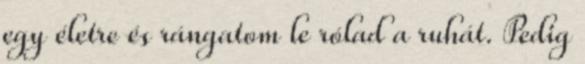
egy életre és rángatom le rólad a ruhát. Pedig